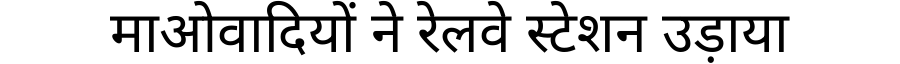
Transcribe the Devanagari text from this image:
माओवादियों ने रेलवे स्टेशन उड़ाया